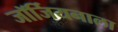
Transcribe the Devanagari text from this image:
जॉर्जियनाला